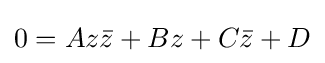
0=Az{\bar {z}}+Bz+C{\bar {z}}+D